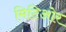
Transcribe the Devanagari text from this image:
मिटिओर